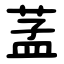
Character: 䓝